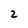
Character: 2